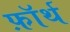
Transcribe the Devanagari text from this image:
फ़ाॅर्थ